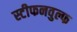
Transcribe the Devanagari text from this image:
स्टीफनवुल्फ